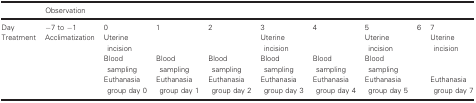
|  | <COLSPAN=9> Observation |
 | --- | --- | --- | --- | --- | --- | --- | --- | --- | --- |
 | Day | −7 to −1 | 0 | 1 | 2 | 3 | 4 | 5 | 6 | 7 |
 | <ROWSPAN=3> Treatment | <ROWSPAN=3> Acclimatization | Uterine incision |  |  | Uterine incision |  | Uterine incision | <ROWSPAN=3>  | Uterine incision |
 | Blood sampling | Blood sampling | Blood sampling | Blood sampling | Blood sampling | Blood sampling |  |
 | Euthanasia group day 0 | Euthanasia group day 1 | Euthanasia group day 2 | Euthanasia group day 3 | Euthanasia group day 4 | Euthanasia group day 5 | Euthanasia group day 7 |